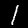
Digit: 1